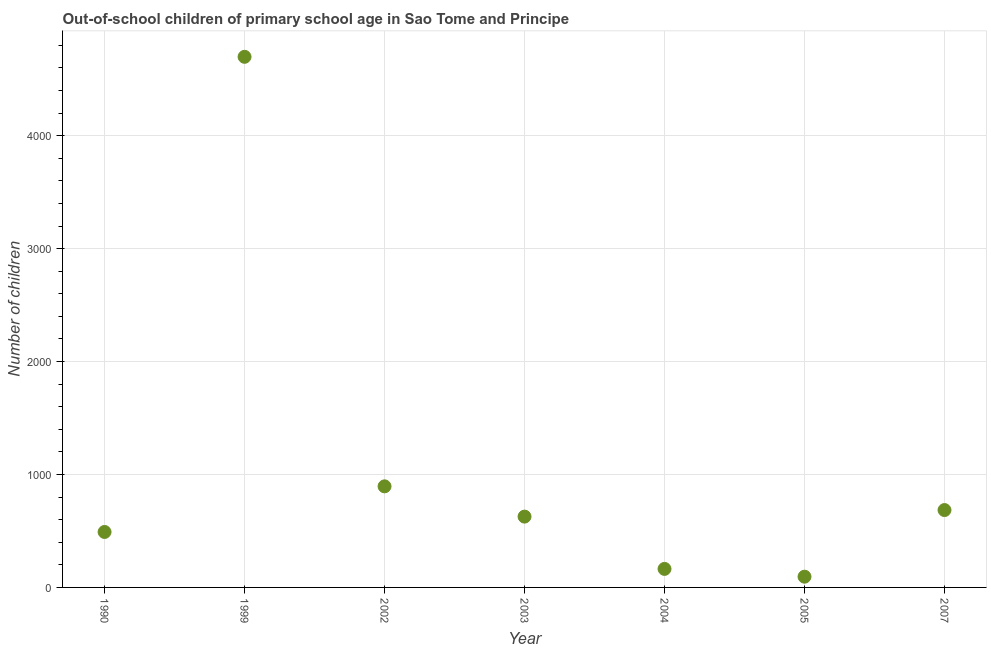
| Year | Out-of-school children of primary school age |
 | --- | --- |
 | 1990 | 491 |
 | 1999 | 4.7e+03 |
 | 2002 | 895 |
 | 2003 | 627 |
 | 2004 | 164 |
 | 2005 | 95 |
 | 2007 | 685 |